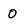
Character: o